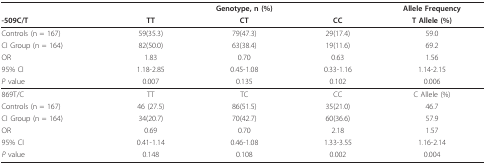
|  |  | Genotype, n (%) |  | Allele Frequency |
 | -509C/T | TT | CT | CC | T Allele (%) |
 | --- | --- | --- | --- | --- |
 | Controls (n = 167) | 59(35.3) | 79(47.3) | 29(17.4) | 59.0 |
 | CI Group (n = 164) | 82(50.0) | 63(38.4) | 19(11.6) | 69.2 |
 | OR | 1.83 | 0.70 | 0.63 | 1.56 |
 | 95% CI | 1.18-2.85 | 0.45-1.08 | 0.33-1.16 | 1.14-2.15 |
 | P value | 0.007 | 0.135 | 0.102 | 0.006 |
 | 869T/C | TT | TC | CC | C Allele (%) |
 | Controls (n = 167) | 46 (27.5) | 86(51.5) | 35(21.0) | 46.7 |
 | CI Group (n = 164) | 34(20.7) | 70(42.7) | 60(36.6) | 57.9 |
 | OR | 0.69 | 0.70 | 2.18 | 1.57 |
 | 95% CI | 0.41-1.14 | 0.46-1.08 | 1.33-3.55 | 1.16-2.14 |
 | P value | 0.148 | 0.108 | 0.002 | 0.004 |